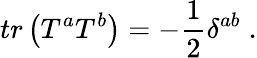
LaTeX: tr\left(T^{a}T^{b}\right)=-\frac 12\delta^{ab}\; .